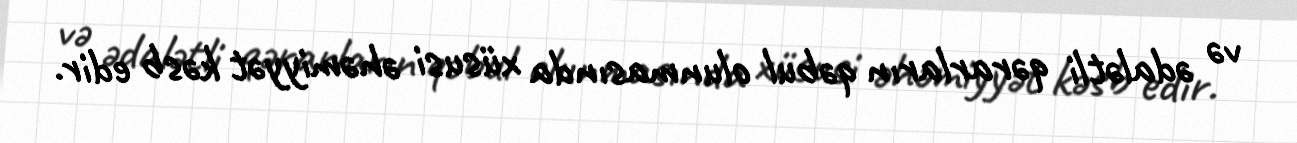
və ədalətli qərarların qəbul olunmasında xüsusi əhəmiyyət kəsb edir.